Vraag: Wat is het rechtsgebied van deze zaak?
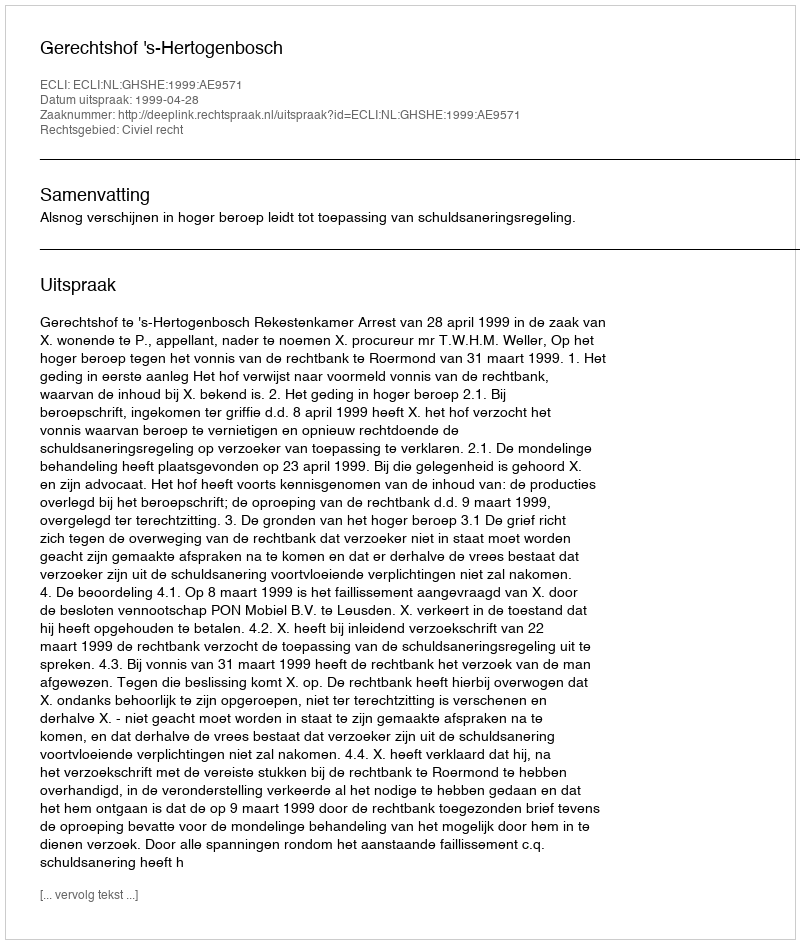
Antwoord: Civiel recht